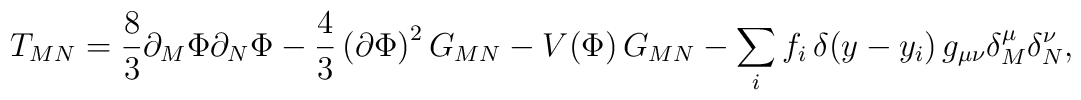
T_{MN} = \frac{8}{3} \partial_M\Phi\partial_N\Phi-\frac{4}{3}\left(\partial \Phi\right)^2 G_{MN} -V\!\left(\Phi\right)G_{MN} -\sum_i f_i\,\delta\!\left( y -y_i\right) g_{\mu\nu} \delta_M^\mu \delta_N ^\nu ,